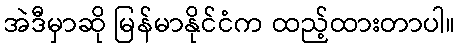
အဲဒီမှာဆို မြန်မာနိုင်ငံက ထည့်ထားတာပါ။